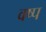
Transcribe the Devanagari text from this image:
वष्प